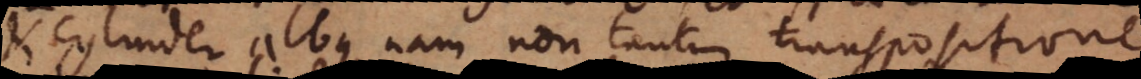
cylinder albus, nam non tantum transpositione